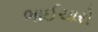
ભાઈચારો